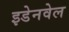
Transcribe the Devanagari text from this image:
इडेनवेल